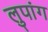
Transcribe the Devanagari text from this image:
लुपांग